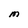
Character: M